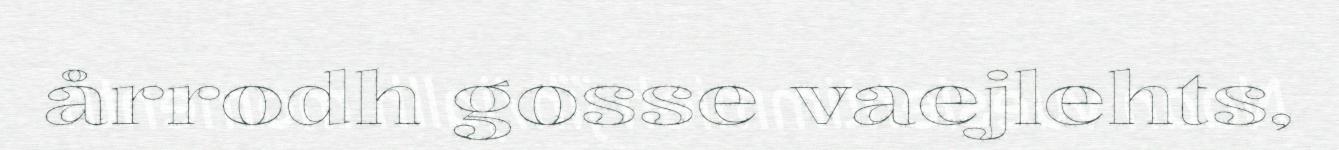
årrodh gosse vaejlehts,